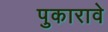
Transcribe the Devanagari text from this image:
पुकारावे